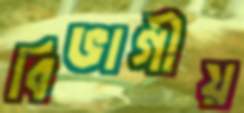
বিভাগীয়